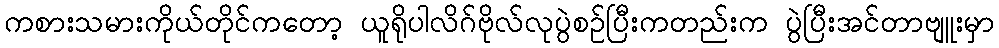
ကစားသမားကိုယ်တိုင်ကတော့ ယူရိုပါလိဂ်ဗိုလ်လုပွဲစဉ်ပြီးကတည်းက ပွဲပြီးအင်တာဗျူးမှာ